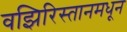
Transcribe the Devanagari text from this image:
वझिरिस्तानमधून